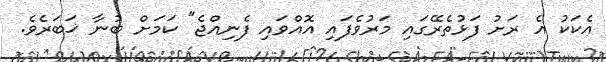
އެކަކު އެ ރަށު ފަޅުތެރޭގައި މަރުވެފައި އޮއްވައި ފެނިއްޖެ" ކަމަށް ބުނާ ޚަބަރެވެ.